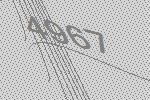
4967